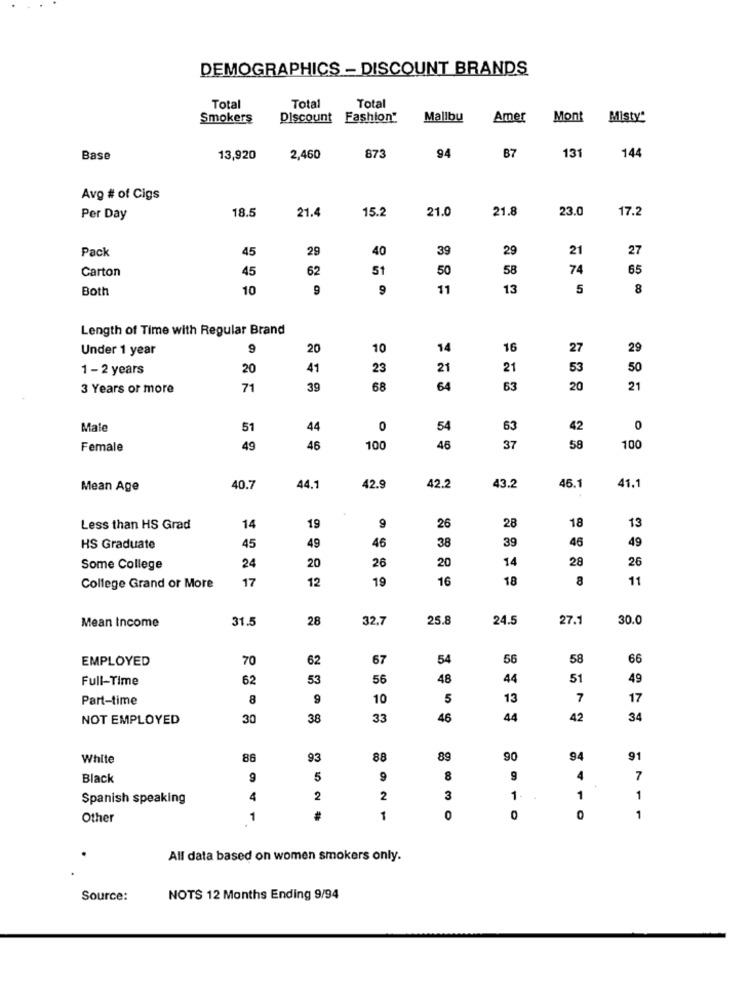
DEMOGRAPHICS - DISCOUNT BRANDS
Total
Total
Total
Smokers
Discount
Fashion".
Mallbu
Amer
Mont
Misty
873
B7
131
Base
13,920
2,460
94
144
Avg # of Cigs
18.5
21.4
15.2
21.0
21.8
23.0
17.2
Per Day
Pack
45
29
40
39
29
21
27
Carton
45
52
51
50
58
74
65
Both
10
9
11
13
5
8
Length of Time with Regular Brand
Under 1 year
9
20
10
14
16
27
29
1 - 2 years
20
41
23
21
21
53
50
3 Years or more
71
39
68
64
63
20
21
Male
51
44
0
54
63
42
0
Female
49
46
100
45
37
58
100
Mean Age
40.7
44.1
42.
42.2
43.2
46.1
41.1
19
9
18
13
Less than HS Grad
14
26
28
49
46
39
46
49
HS Graduate
45
38
20
26
20
14
28
26
Some College
24
17
12
19
16
18
8
11
College Grand or More
Mean Income
31.5
28
32.7
25.8
24.5
27.1
30.0
EMPLOYED
70
62
67
54
56
58
66
Full-Time
62
53
56
48
44
51
49
Part-time
8
9
10
5
13
7
17
NOT EMPLOYED
30
38
33
46
44
42
34
White
86
93
88
89
90
94
91
Black
5
9
8
9
4
7
Spanish speaking
4
2
2
3
1
1
1
Other
1
1
0
0
O
1
All data based on women smokers only.
Source:
NOTS 12 Months Ending 9/94